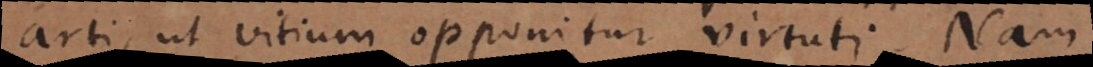
arti, ut vitium opponitur virtuti. Nam